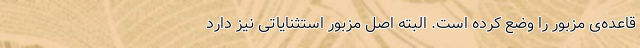
قاعده‌ی مزبور را وضع کرده است. البته اصل مزبور استثنایاتی نیز دارد